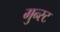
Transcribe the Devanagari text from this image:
गुन्स्ट